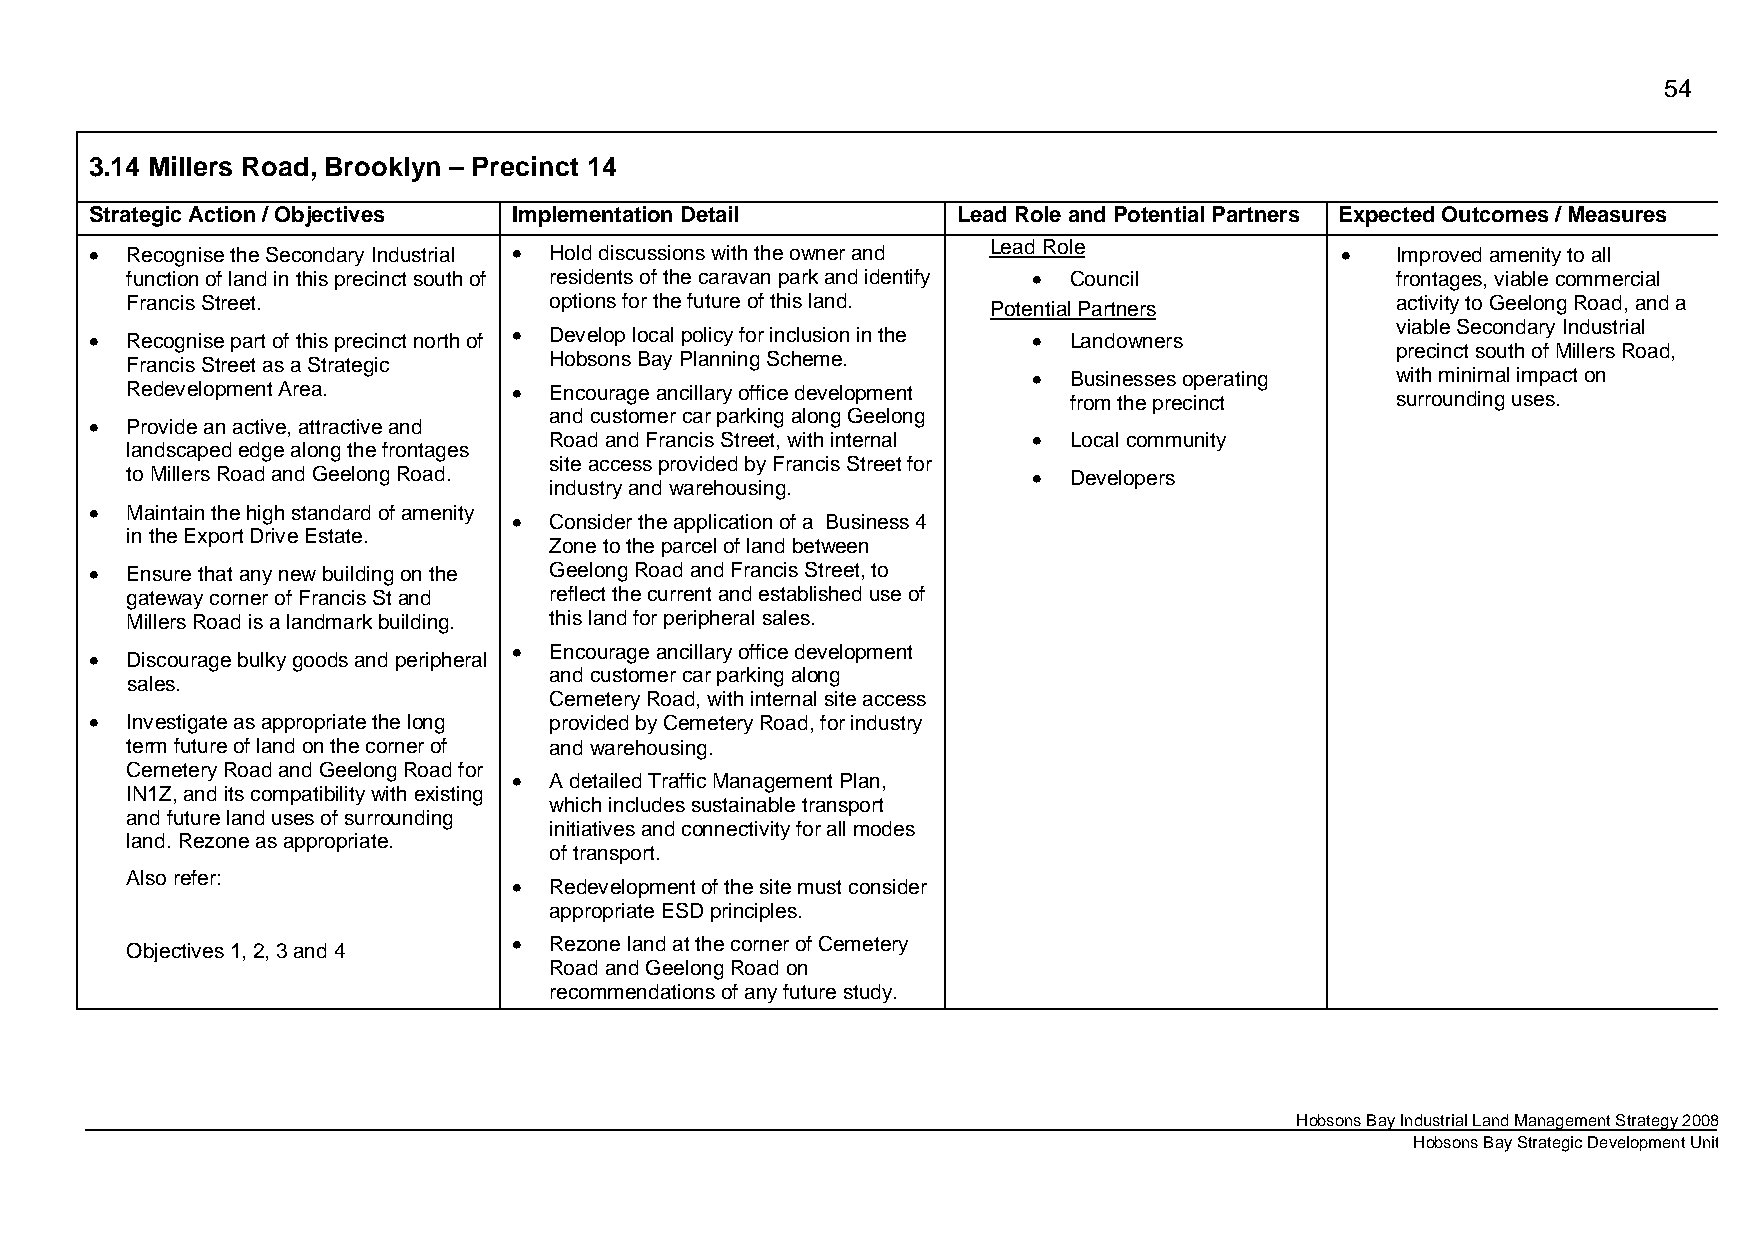
54
 3.14 Millers Road, Brooklyn – Precinct 14
 Strategic Action / Objectives Implementation Detail      Lead Role and Potential Partners Expected Outcomes / Measures
 • Recognise the Secondary Industrial • Hold discussions with the owner and Lead Role • Improved amenity to all
 function of land in this precinct south of residents of the caravan park and identify • Council frontages, viable commercial
 Francis Street.             options for the future of this land.                    activity to Geelong Road, and a
 Potential Partners
 • Recognise part of this precinct north of • Develop local policy for inclusion in the • Landowners viable Secondary Industrial
 precinct south of Millers Road,
 Francis Street as a Strategic Hobsons Bay Planning Scheme.
 •  Businesses operating with minimal impact on
 Redevelopment Area.       • Encourage ancillary office development from the precinct surrounding uses.
 • Provide an active, attractive and and customer car parking along Geelong
 Road and Francis Street, with internal • Local community
 landscaped edge along the frontages
 site access provided by Francis Street for
 to Millers Road and Geelong Road.                           •  Developers
 industry and warehousing.
 • Maintain the high standard of amenity • Consider the application of a Business 4
 in the Export Drive Estate.
 Zone to the parcel of land between
 • Ensure that any new building on the Geelong Road and Francis Street, to
 gateway corner of Francis St and reflect the current and established use of
 Millers Road is a landmark building. this land for peripheral sales.
 • Discourage bulky goods and peripheral • Encourage ancillary office development
 and customer car parking along
 sales.
 Cemetery Road, with internal site access
 • Investigate as appropriate the long provided by Cemetery Road, for industry
 term future of land on the corner of and warehousing.
 Cemetery Road and Geelong Road for
 • A detailed Traffic Management Plan,
 IN1Z, and its compatibility with existing
 which includes sustainable transport
 and future land uses of surrounding
 initiatives and connectivity for all modes
 land. Rezone as appropriate.
 of transport.
 Also refer:               • Redevelopment of the site must consider
 appropriate ESD principles.
 • Rezone land at the corner of Cemetery
 Objectives 1, 2, 3 and 4
 Road and Geelong Road on
 recommendations of any future study.
 Hobsons Bay Industrial Land Management Strategy 2008
 Hobsons Bay Strategic Development Unit